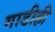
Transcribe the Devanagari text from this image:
गाडीही